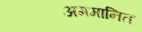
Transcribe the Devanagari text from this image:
अममानित